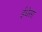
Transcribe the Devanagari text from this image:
ईधेसा